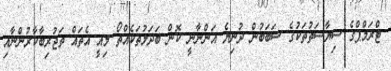
ޓްރަމްޕްގެ ސިޔާސަތުތަކުގެ ސަބަބުން ދުނިޔެ އަންނާނީ ކޮން ބަދަލުތަކެއްތޯ މިއީ އެތައް ތަޖުރިބާކާރުންނާއި